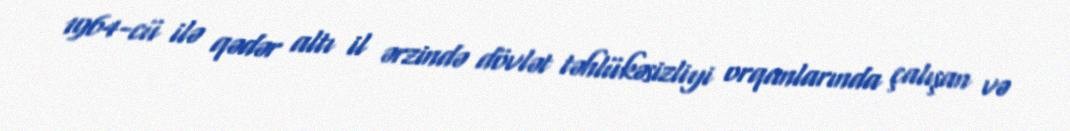
1964-cü ilə qədər altı il ərzində dövlət təhlükəsizliyi orqanlarında çalışan və